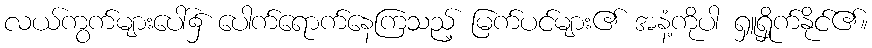
လယ်ကွက်များပေါ်၌ ပေါက်ရောက်နေကြသည့် မြက်ပင်များ၏ အနံ့ကိုပါ ရှူရှိုက်နိုင်၏။